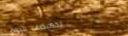
تخفيضات اليوم